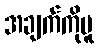
အချက်ကိုမူ